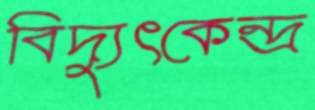
বিদ্যুৎকেন্দ্র